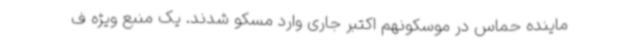
ماینده حماس در موسکونهم اکتبر جاری وارد مسکو شدند. یک منبع ویژه ف